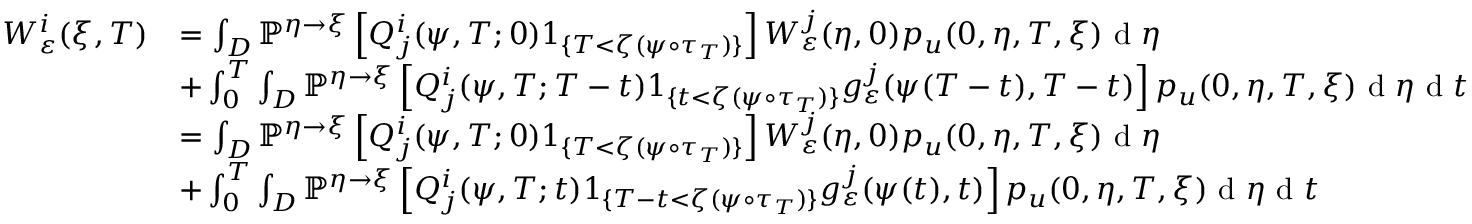
\begin{array} { r l } { W _ { \varepsilon } ^ { i } ( \xi , T ) } & { = \int _ { D } \mathbb { P } ^ { \eta \rightarrow \xi } \left[ Q _ { j } ^ { i } ( \psi , T ; 0 ) 1 _ { \{ T < \zeta ( \psi \circ \tau _ { T } ) \} } \right] W _ { \varepsilon } ^ { j } ( \eta , 0 ) p _ { u } ( 0 , \eta , T , \xi ) \textrm { d } \eta } \\ & { + \int _ { 0 } ^ { T } \int _ { D } \mathbb { P } ^ { \eta \rightarrow \xi } \left[ Q _ { j } ^ { i } ( \psi , T ; T - t ) 1 _ { \{ t < \zeta ( \psi \circ \tau _ { T } ) \} } g _ { \varepsilon } ^ { j } ( \psi ( T - t ) , T - t ) \right] p _ { u } ( 0 , \eta , T , \xi ) \textrm { d } \eta \textrm { d } t } \\ & { = \int _ { D } \mathbb { P } ^ { \eta \rightarrow \xi } \left[ Q _ { j } ^ { i } ( \psi , T ; 0 ) 1 _ { \{ T < \zeta ( \psi \circ \tau _ { T } ) \} } \right] W _ { \varepsilon } ^ { j } ( \eta , 0 ) p _ { u } ( 0 , \eta , T , \xi ) \textrm { d } \eta } \\ & { + \int _ { 0 } ^ { T } \int _ { D } \mathbb { P } ^ { \eta \rightarrow \xi } \left[ Q _ { j } ^ { i } ( \psi , T ; t ) 1 _ { \{ T - t < \zeta ( \psi \circ \tau _ { T } ) \} } g _ { \varepsilon } ^ { j } ( \psi ( t ) , t ) \right] p _ { u } ( 0 , \eta , T , \xi ) \textrm { d } \eta \textrm { d } t } \end{array}